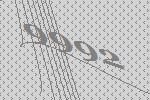
9992